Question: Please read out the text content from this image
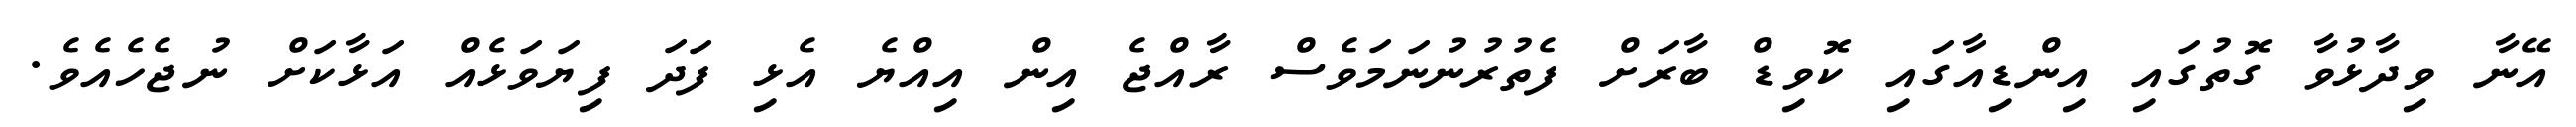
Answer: އޭނާ ވިދާޅުވާ ގޮތުގައި އިންޑިއާގައި ކޮވިޑް ބާރަށް ފެތުރުނުނަމަވެސް ރާއްޖެ އިން އިއްޔެ އެޅި ފަދަ ފިޔަވަޅެއް އަޅާކަށް ނުޖެހެއެވެ.